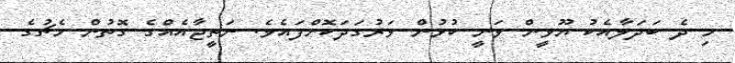
މި ދެ ބަދަލާއެކު ޔޫވީން ވަނީ ކުޅުން ވަރުގަދަކޮށްފައެވެ. ނަތީޖާއެއްގެ ގޮތުން މެޗުގެ